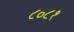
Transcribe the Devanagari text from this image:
८०८१